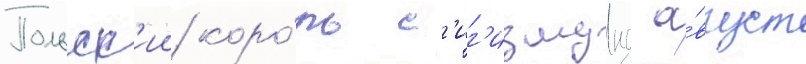
Польск'ии коро́ль с'иг'измунд а́вгуст